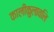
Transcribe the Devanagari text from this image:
कालीकुलावलि